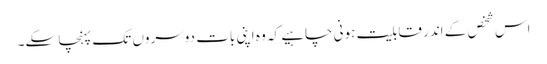
اس شخص کے اندر قابلیت ہونی چاہیے کہ وہ اپنی بات دوسروں تک پہنچا سکے۔